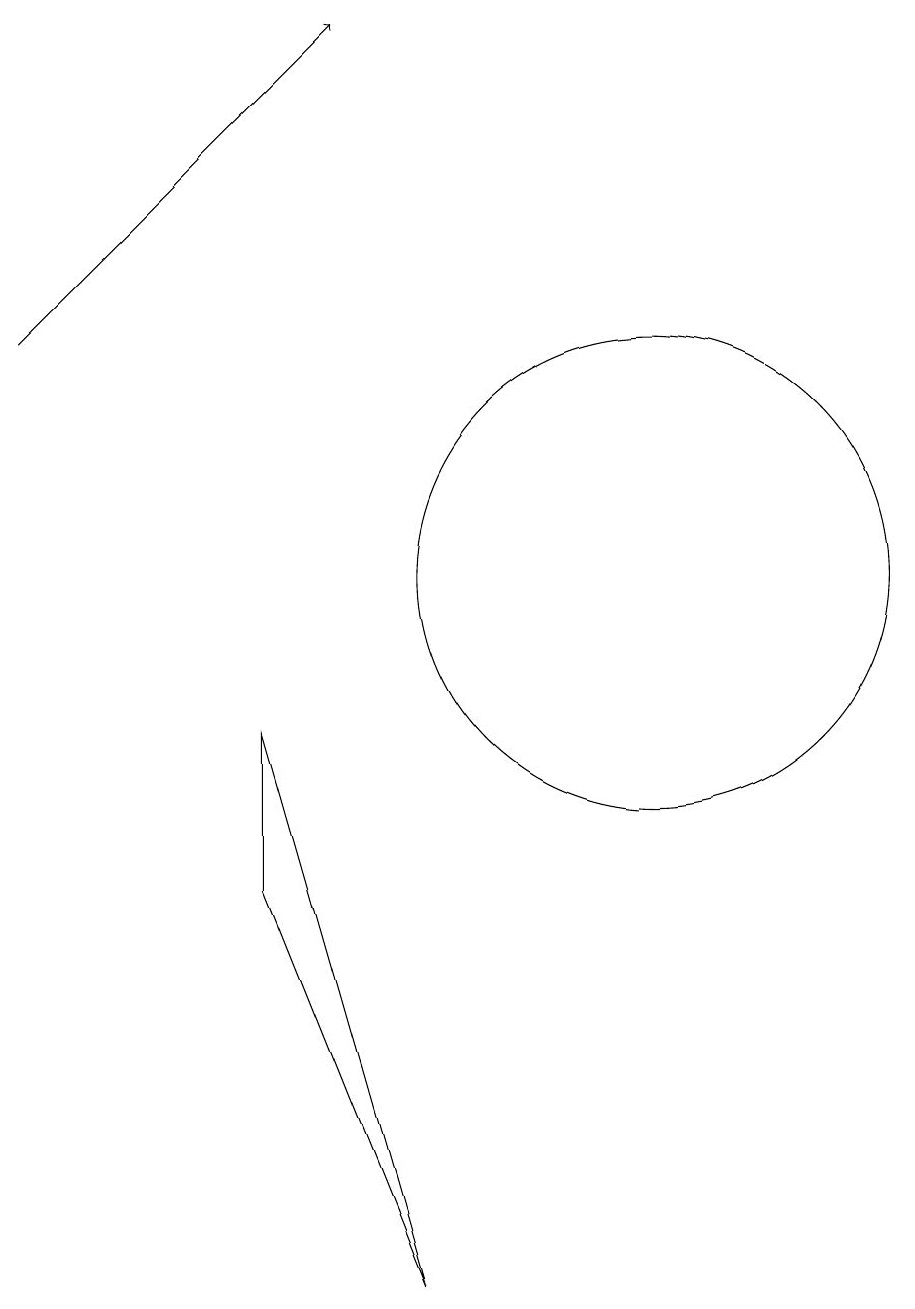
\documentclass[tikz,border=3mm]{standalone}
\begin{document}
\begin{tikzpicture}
\draw (10,11) circle (3);
\draw[->] (2,14) -- (6,18);
\draw (7,2) -- (5,7) -- (5,9) -- cycle;
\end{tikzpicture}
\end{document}